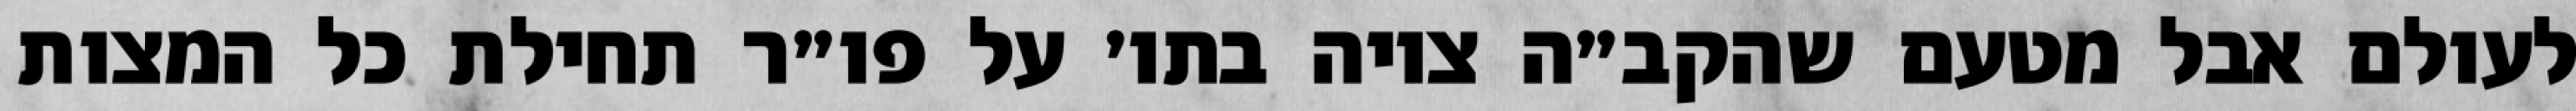
לעולם אבל מטעם שהקב״ה ציוה בתו׳ על פו״ר תחילת כל המצות